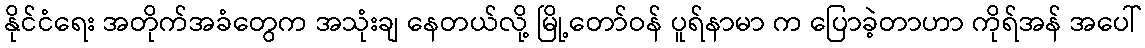
နိုင်ငံရေး အတိုက်အခံတွေက အသုံးချ နေတယ်လို့ မြို့တော်ဝန် ပူရ်နာမာ က ပြောခဲ့တာဟာ ကိုရ်အန် အပေါ်